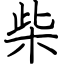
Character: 柴